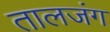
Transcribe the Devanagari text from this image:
तालजंग